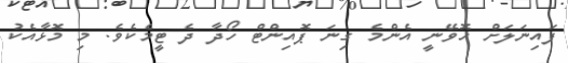
ފައިނަލަށް ހޮވޭނީ އެންމެ ގިނަ ޕޮއިންޓް ހޯދާ ދެ ޓީމެކެވެ. މި މޮޅާއެކު